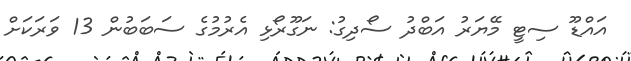
އައްޑޫ ސިޓީ މޭޔަރު އަބްދު ސޯދިގު: ނަގޫރޯޅި އެރުމުގެ ސަބަބުން 13 ވަރަކަށް